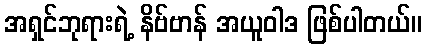
အရှင်ဘုရားရဲ့ နိဗ်ဗာန် အယူဝါဒ ဖြစ်ပါတယ်။